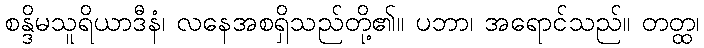
စန္ဒိမသူရိယာဒီနံ၊ လနေအစရှိသည်တို့၏။ ပဘာ၊ အရောင်သည်။ တတ္ထ၊